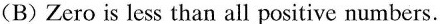
(B)Zero is less than all positive numbers.